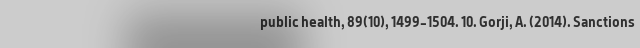
public health, 89(10), 1499-1504. 10. Gorji, A. (2014). Sanctions